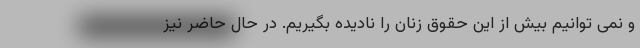
و نمی توانیم بیش از این حقوق زنان را نادیده بگیریم. در حال حاضر نیز